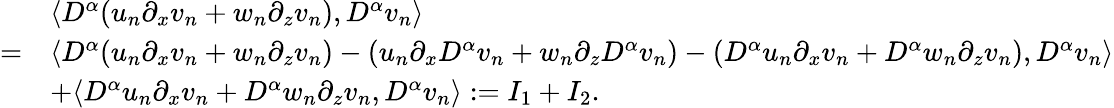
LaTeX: \begin{array}{rl}&{\left\langle D^{\alpha}(u_{n}\partial_{x}v_{n}+w_{n}\partial_{z}v_{n}),D^{\alpha}v_{n}\right\rangle}\\ {=}&{\langle D^{\alpha}(u_{n}\partial_{x}v_{n}+w_{n}\partial_{z}v_{n})-(u_{n}\partial_{x}D^{\alpha}v_{n}+w_{n}\partial_{z}D^{\alpha}v_{n})-(D^{\alpha}u_{n}\partial_{x}v_{n}+D^{\alpha}w_{n}\partial_{z}v_{n}),D^{\alpha}v_{n}\rangle}\\ &{+\langle D^{\alpha}u_{n}\partial_{x}v_{n}+D^{\alpha}w_{n}\partial_{z}v_{n},D^{\alpha}v_{n}\rangle:=I_{1}+I_{2}.}\end{array}